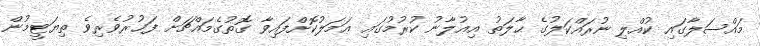
މައްސަލާގައި ކުއްލި ނުރައްކަލުގެ ޙާލަތު އިޢުލާނު ކުރުމުގައި ޢަމަލުކޮށްފައިވާ ގޮތުގެމައްޗަށް ފަޚުރުވެރިވެ ތިޔަޓީމުން